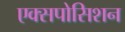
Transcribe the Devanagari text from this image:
एक्सपोसिशन